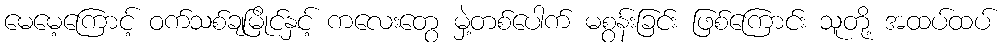
မေမေ့ကြောင့် ဝက်သစ်ချမြိုင်နှင့် ကလေးတွေ မှဲ့တစ်ပေါက် မစွန်းခြင်း ဖြစ်ကြောင်း သူတို့ အထပ်ထပ်